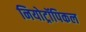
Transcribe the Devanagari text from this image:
नियोट्रॉपिकल